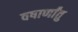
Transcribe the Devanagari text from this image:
वषार्णांतु